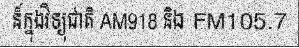
ន៏ក្នុងវិទ្យុជាតិ AM918 និង FM105.7